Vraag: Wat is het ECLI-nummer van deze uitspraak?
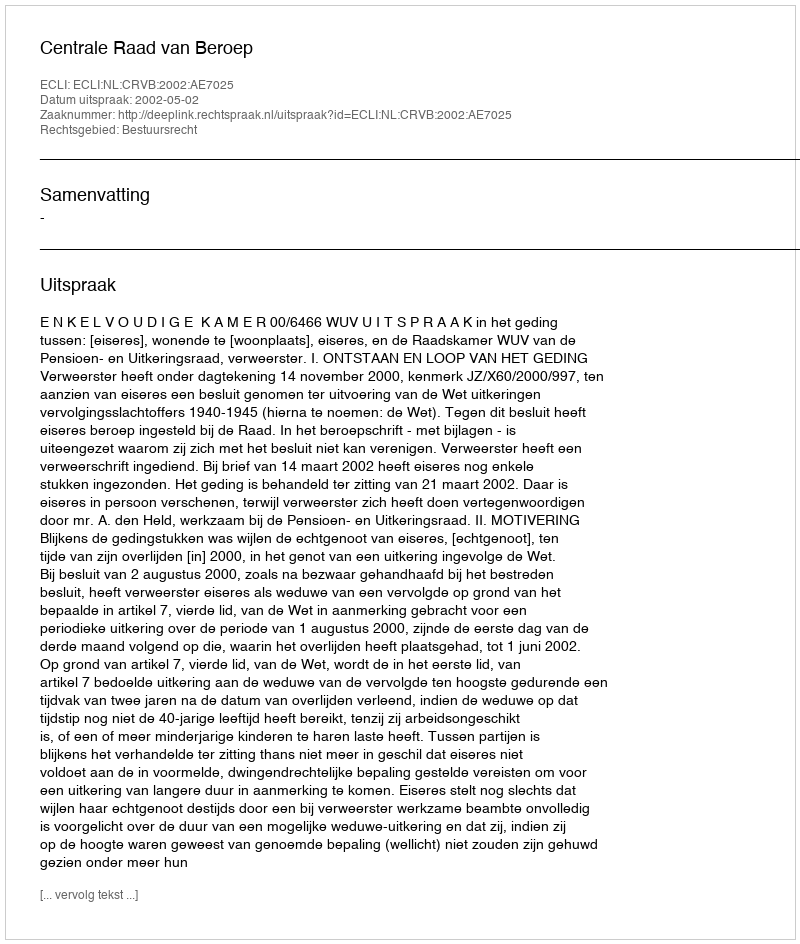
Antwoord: ECLI:NL:CRVB:2002:AE7025